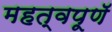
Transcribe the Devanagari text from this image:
महत्वपूणॅ